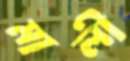
মালী